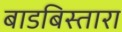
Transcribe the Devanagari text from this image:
बाडबिस्तारा